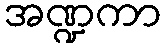
အဏ္ဍကာ